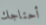
أحتاجك